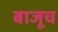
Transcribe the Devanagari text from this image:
बाजूच